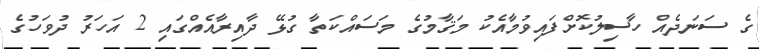
ގެ ސަނަދެއް ހާސިލުކޮށްފައިވުމާއެކު މަޤާމުގެ މަސައްކަތާ ގުޅޭ ދާއިރާއެއްގައި 2 އަހަރު ދުވަހުގެ